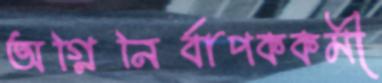
অগ্নিনির্বাপককর্মী